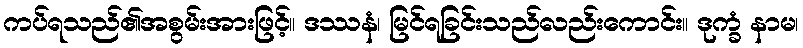
ကပ်ရသည်၏အစွမ်းအားဖြင့်။ ဒဿနံ၊ မြင်ရခြင်းသည်လည်းကောင်း။ ဒုက္ခံ နာမ၊